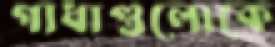
গাধাগুলোকে